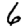
Digit: 6